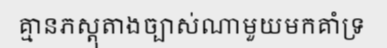
គ្មានភស្តុតាងច្បាស់ណាមួយមកគាំទ្រ